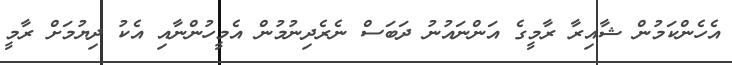
އެހެންކަމުން ޝާއިރާ ރާމީގެ އަންނައުނު ދަބަސް ނެރެދިނުމުން އެމީހުންނާއި އެކު ދިޔުމަށް ރާމީ